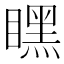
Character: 䁫